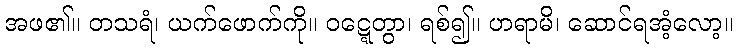
အဖ၏။ တသရံ၊ ယက်ဖောက်ကို။ ဝဋ္ဋေတွာ၊ ရစ်၍။ ဟရာမိ၊ ဆောင်ရအံ့လော့။